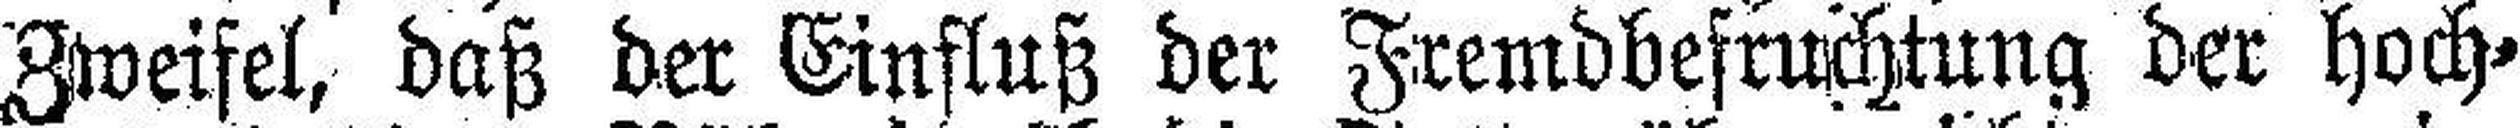
Zweifel, daß der Einfluß der Fremdbefruchtung der hoch¬